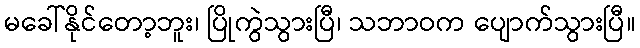
မခေါ်နိုင်တော့ဘူး၊ ပြိုကွဲသွားပြီ၊ သဘာဝက ပျောက်သွားပြီ။